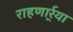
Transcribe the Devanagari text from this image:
राहणार्र्या